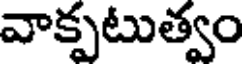
వాక్పటుత్వం